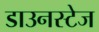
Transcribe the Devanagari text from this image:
डाउनस्टेज